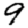
Digit: 9